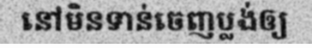
នៅមិនទាន់ចេញប្លង់ឲ្យ